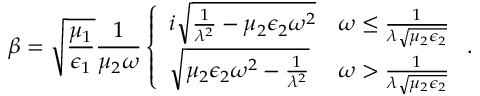
\beta = \sqrt { \frac { \mu _ { 1 } } { \epsilon _ { 1 } } } \frac { 1 } { \mu _ { 2 } \omega } \left\{ \begin{array} { l l } { i \sqrt { \frac { 1 } { \lambda ^ { 2 } } - \mu _ { 2 } \epsilon _ { 2 } \omega ^ { 2 } } } & { \omega \leq \frac { 1 } { \lambda \sqrt { \mu _ { 2 } \epsilon _ { 2 } } } } \\ { \sqrt { \mu _ { 2 } \epsilon _ { 2 } \omega ^ { 2 } - \frac { 1 } { \lambda ^ { 2 } } } } & { \omega > \frac { 1 } { \lambda \sqrt { \mu _ { 2 } \epsilon _ { 2 } } } } \end{array} \right. .